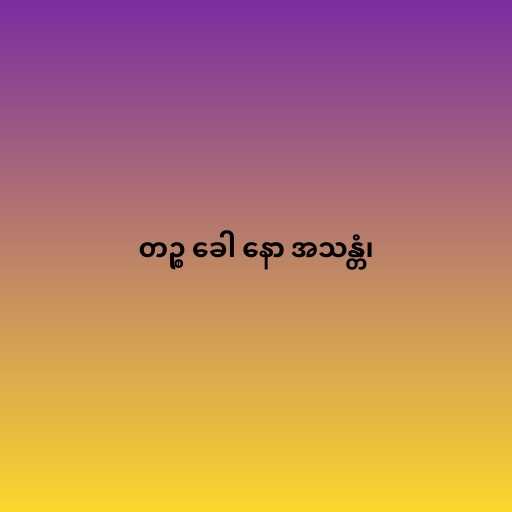
တဉ္စ ခေါ နော အသန္တံ၊